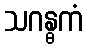
သဂန္ဓကံ